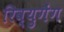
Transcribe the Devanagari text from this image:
रिव्युगैंग